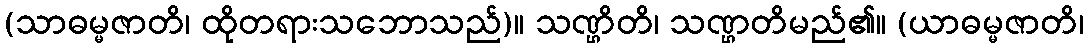
(သာဓမ္မဇာတိ၊ ထိုတရားသဘောသည်)။ သဏ္ဌိတိ၊ သဏ္ဌတိမည်၏။ (ယာဓမ္မဇာတိ၊